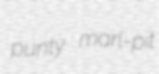
punty marl-pit